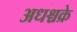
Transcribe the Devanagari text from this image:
अधश्चक्रे